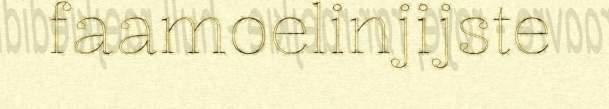
faamoelinjijste